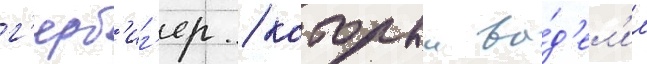
г'ерб'иг'ер / которыи вы́д'ел'ил